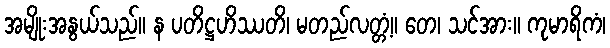
အမျိုးအနွယ်သည်။ န ပတိဋ္ဌဟိဿတိ၊ မတည်လတ္တံ့။ တေ၊ သင်အား။ ကုမာရိကံ၊